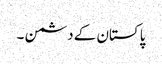
پاکستان کے دشمن ۔